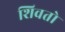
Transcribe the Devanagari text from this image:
शिवतो